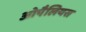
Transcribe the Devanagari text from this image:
ओपैलियस